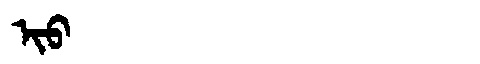
Manchu: ᡳᠣ
Romanization: IO